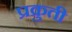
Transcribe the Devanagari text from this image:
प्रक्रुती